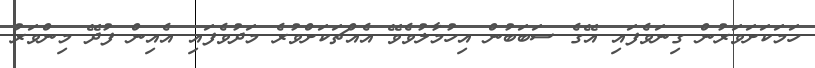
ހަމަކަށަވަރުން ގިނަވެފައި އޭގެ ސަބަބުން އިހުމާލުވެވޭ އެއްޗަކަށްވުރެ މަދުވެފައި އެއިން ފުދޭ މިންވަރު